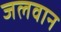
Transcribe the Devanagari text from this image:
जलवान